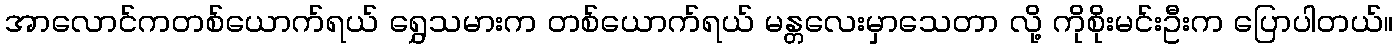
အာလောင်ကတစ်ယောက်ရယ် ရွှေသမားက တစ်ယောက်ရယ် မန္တလေးမှာသေတာ လို့ ကိုစိုးမင်းဦးက ပြောပါတယ်။